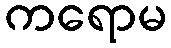
ကရောမ